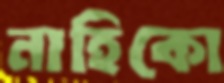
নাহিকো